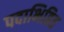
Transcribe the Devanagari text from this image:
पदाभिहित